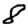
Digit: 8